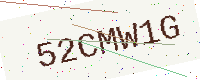
Text: 52CMW1G